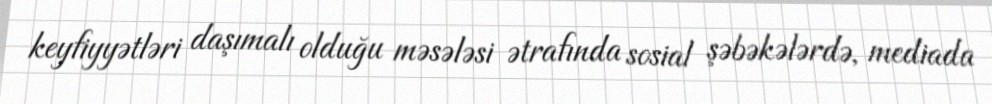
keyfiyyətləri daşımalı olduğu məsələsi ətrafında sosial şəbəkələrdə, mediada